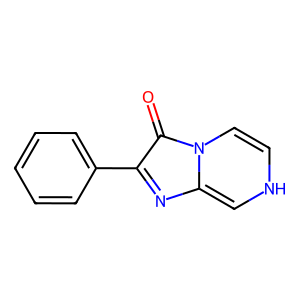
SMILES: O=c1c(-c2ccccc2)nc2c[nH]ccn1-2
Inhibits HIV replication: No